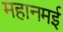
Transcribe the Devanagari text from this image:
महानमई